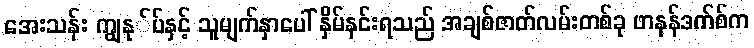
အေးသန်း ကျွနု်ပ်နှင့် သူမျက်နှာပေါ် နှိမ်နင်းရသည် အချစ်ဇာတ်လမ်းတစ်ခု ဖာနန်ဒက်စ်က